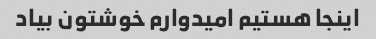
اینجا هستیم امیدوارم خوشتون بیاد